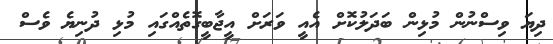
ދިޔަ ވިސްނުން މުޅިން ބަދަލުކޮށް އެއީ ވަރަށް އީޖާބީގޮތެއްގައި މުޅި ދުނިޔެ ވެސް